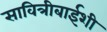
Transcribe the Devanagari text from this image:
सावित्रीबाईशी